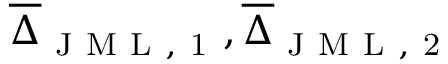
\overline { { \Delta } } _ { \mathrm { ~ J ~ M ~ L ~ , ~ 1 ~ } } , \overline { { \Delta } } _ { \mathrm { ~ J ~ M ~ L ~ , ~ 2 ~ } }